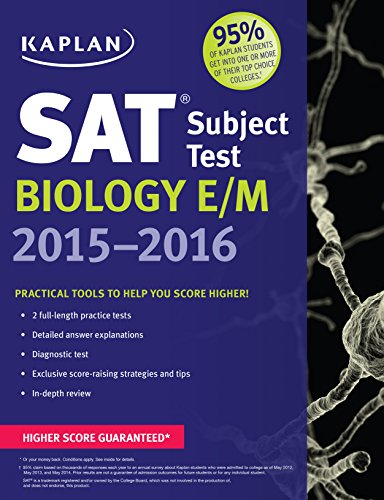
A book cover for Kaplan SAT Subject Test Biology E/M 2015-2016 (Kaplan Test Prep); Kaplan; Test Preparation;